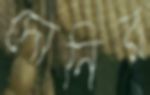
দোনির